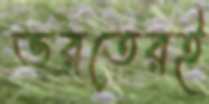
ভরতেরই